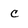
Character: C